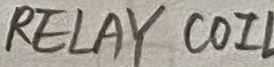
Text: RELAY COIL